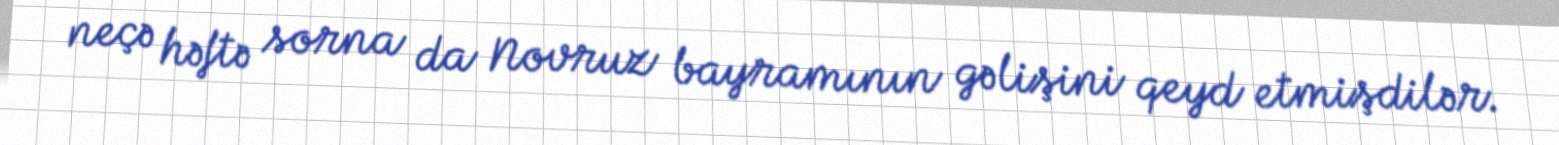
neçə həftə sorna da Novruz bayramının gəlişini qeyd etmişdilər.